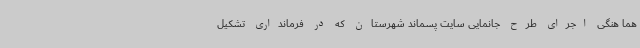
هما هنگی اجرای طرح جانمایی سایت پسماند شهرستان که در فرمانداری تشکیل